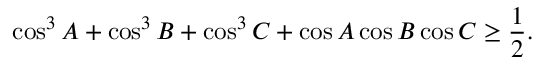
\cos ^ { 3 } A + \cos ^ { 3 } B + \cos ^ { 3 } C + \cos A \cos B \cos C \geq { \frac { 1 } { 2 } } .